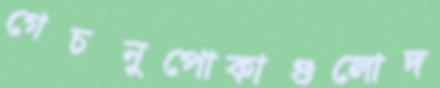
গেচনুপোকাগুলোদ